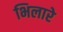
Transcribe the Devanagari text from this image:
भिलारे